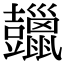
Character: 𧰠